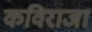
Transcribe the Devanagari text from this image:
कविराजा